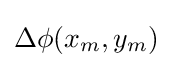
\Delta \phi (x_{m},y_{m})